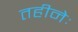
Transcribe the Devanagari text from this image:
तहीनेः